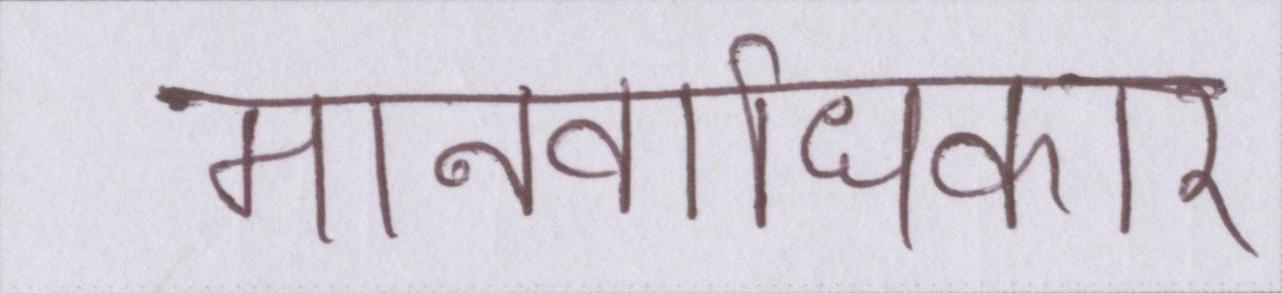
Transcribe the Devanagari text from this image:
मानवाधिकार